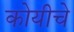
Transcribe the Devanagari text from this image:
कोयीचे